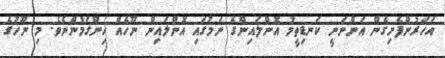
އަހަރުންފެށިގެން އަންނަނީ ކަނޑިތީމު އޮންލައިންގެ ނަމުގައި އޮންލައިން ނޫހެއް ހިންގަމުންނެވެ. މި ނޫހުގެ